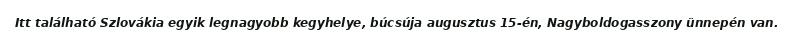
Itt található Szlovákia egyik legnagyobb kegyhelye, búcsúja augusztus 15-én, Nagyboldogasszony ünnepén van.